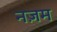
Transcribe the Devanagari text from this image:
नज़म